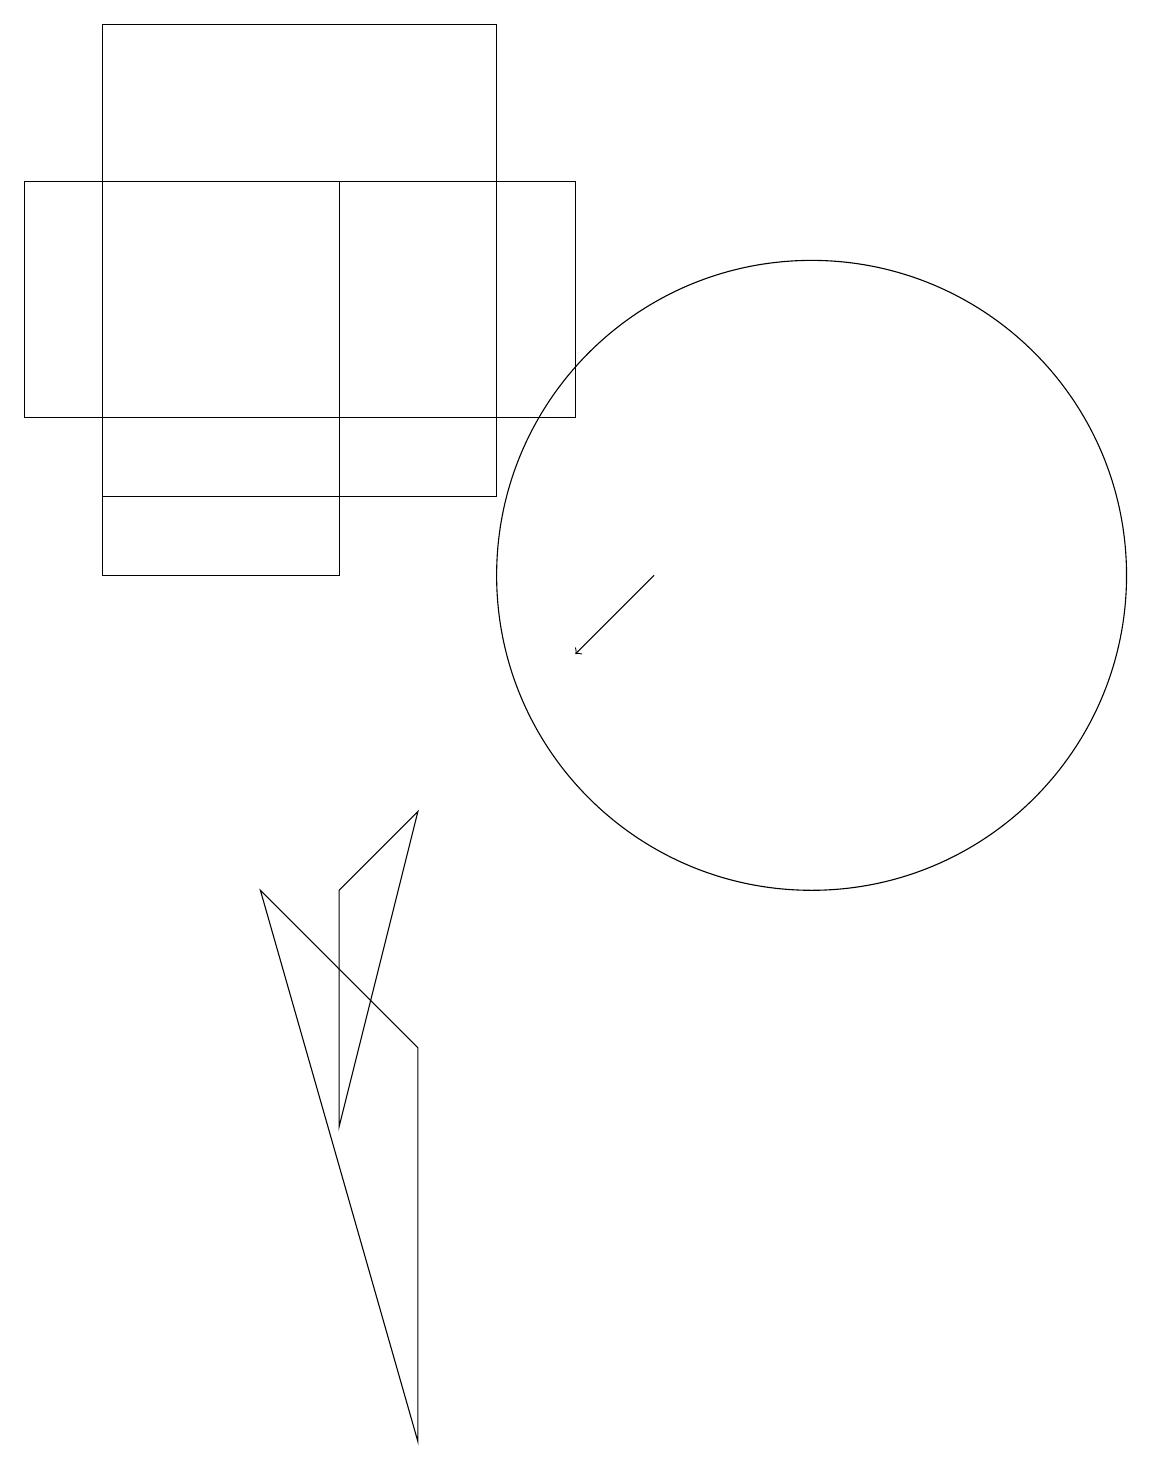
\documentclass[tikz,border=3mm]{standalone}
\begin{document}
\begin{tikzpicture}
\draw (6,8) -- (5,7) -- (5,4) -- cycle;
\draw (2,16) rectangle (2,15);
\draw (2,18) rectangle (7,12);
\draw (8,16) rectangle (1,13);
\draw (5,11) rectangle (2,16);
\draw[->] (9,11) -- (8,10);
\draw (6,0) -- (4,7) -- (6,5) -- cycle;
\draw (11,11) circle (4);
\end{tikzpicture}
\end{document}